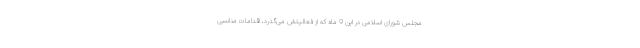
مجلس شورای اسلامی در این 9 ماه که از فعالیتش می‌گذرد، اقدامات مناسبی